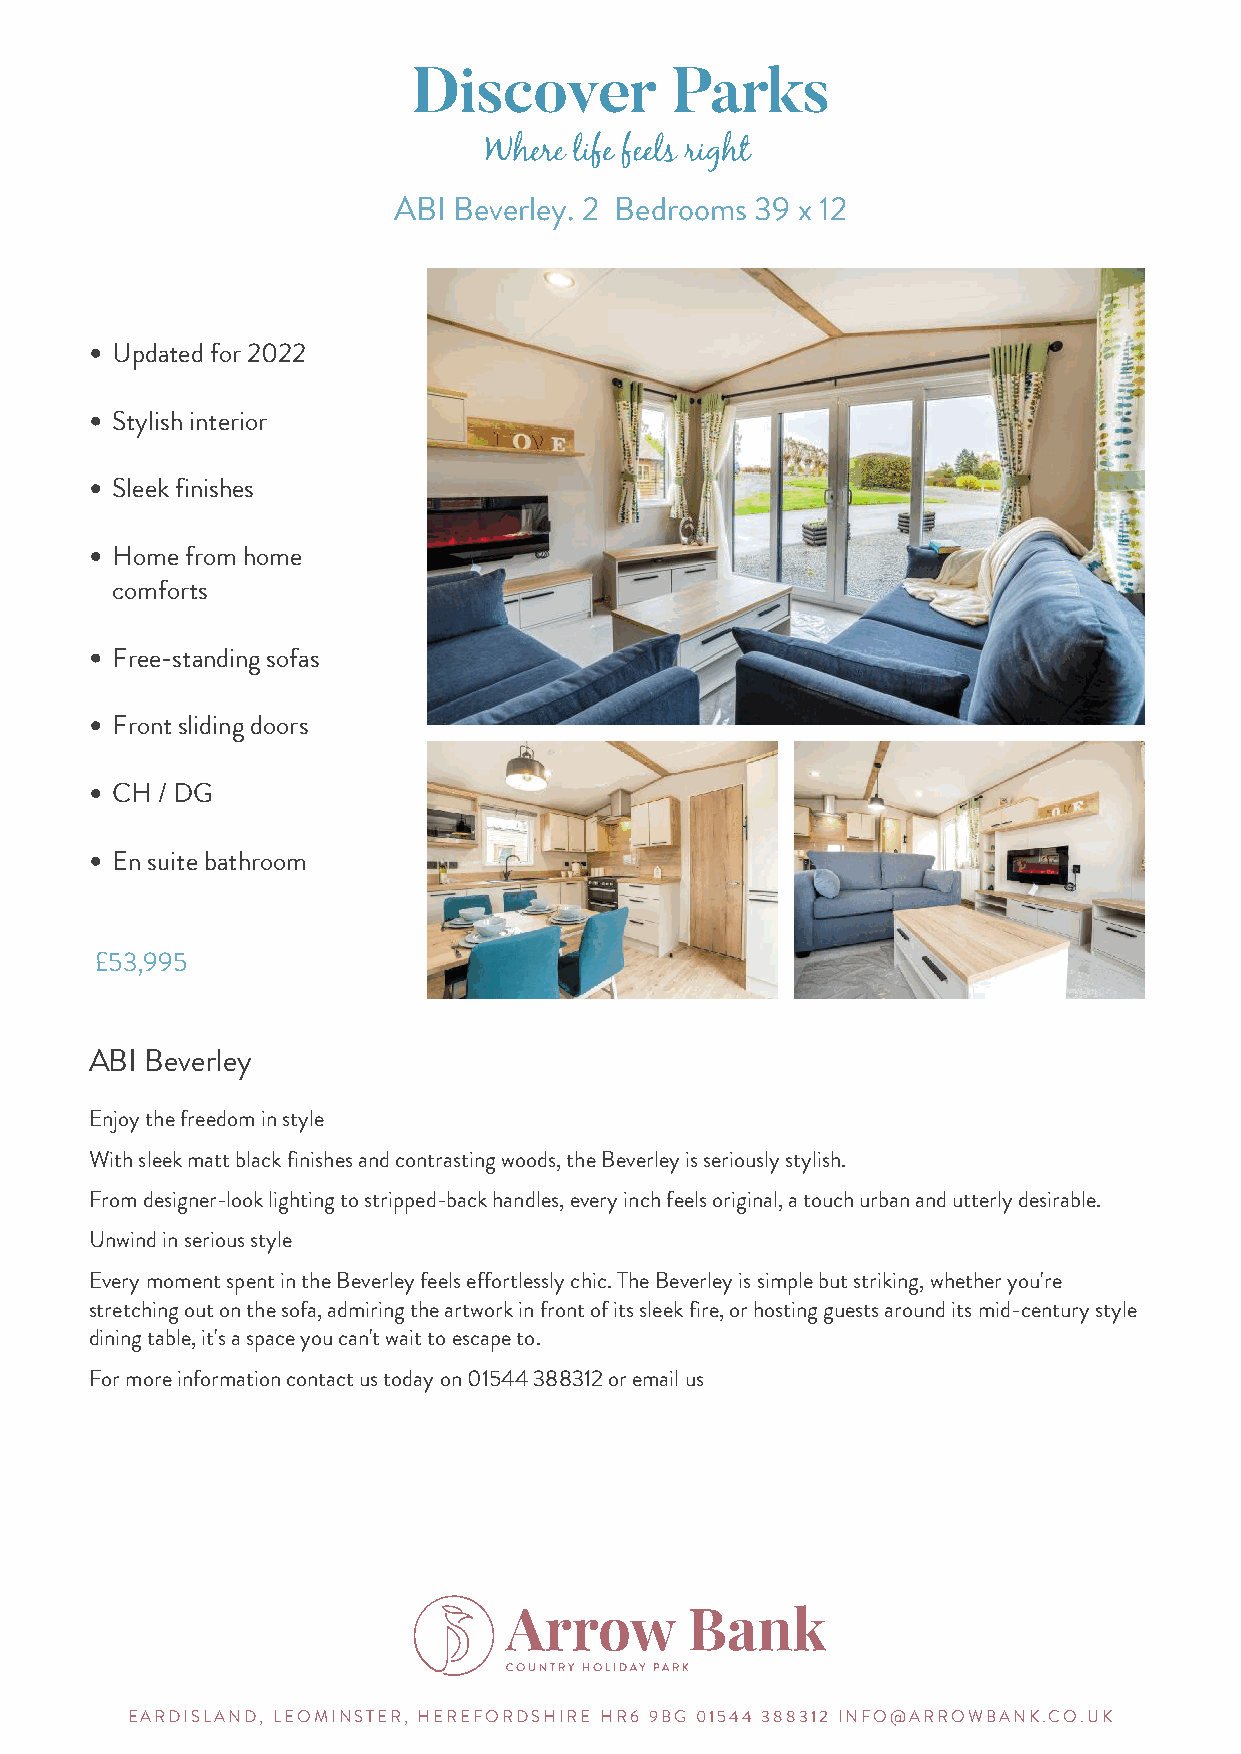
ABI Beverley. 2 Bedrooms 39 x 12
 Updated for 2022
 Stylish interior
 Sleek finishes
 Home from home
 comforts
 Free-standing sofas
 Front sliding doors
 CH / DG
 En suite bathroom
 £53,995
 ABI Beverley
 Enjoy the freedom in style
 With sleek matt black finishes and contrasting woods, the Beverley is seriously stylish.
 From designer-look lighting to stripped-back handles, every inch feels original, a touch urban and utterly desirable.
 Unwind in serious style
 Every moment spent in the Beverley feels effortlessly chic. The Beverley is simple but striking, whether you're
 stretching out on the sofa, admiring the artwork in front of its sleek fire, or hosting guests around its mid-century style
 dining table, it's a space you can't wait to escape to.
 For more information contact us today on 01544 388312 or email us
 EARDISLAND, LEOMINSTER, HEREFORDSHIRE HR6 9BG 01544 388312 INFO@ARROWBANK.CO.UK
 Powered by TCPDF (www.tcpdf.org)